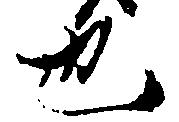
也